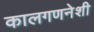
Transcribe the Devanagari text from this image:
कालगणनेशी